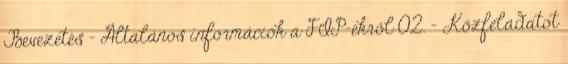
Bevezetés – Általános információk a FIP-ekről 02. – Közfeladatot